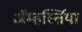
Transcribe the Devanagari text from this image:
ॲम्हर्स्तिया